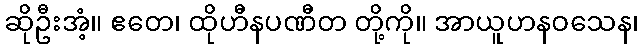
ဆိုဦးအံ့။ ဧတေ၊ ထိုဟီနပဏီတ တို့ကို။ အာယူဟနဝသေန၊